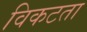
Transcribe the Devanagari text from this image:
विकटता